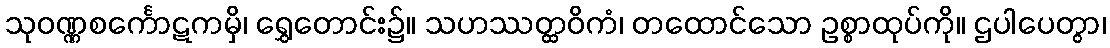
သုဝဏ္ဏစင်္ကောဋကမှိ၊ ရွှေတောင်း၌။ သဟဿတ္ထဝိကံ၊ တထောင်သော ဥစ္စာထုပ်ကို။ ဌပါပေတွာ၊